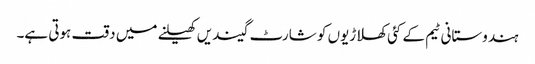
ہندوستانی ٹیم کے کئی کھلاڑیوں کو شارٹ گیندیں کھیلنے میں دقت ہوتی ہے۔